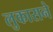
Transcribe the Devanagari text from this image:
लुकासने